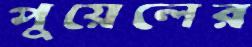
পুয়েলের